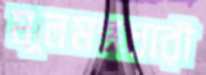
মূলমন্ত্রধারী